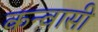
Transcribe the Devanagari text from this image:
कन्वासी